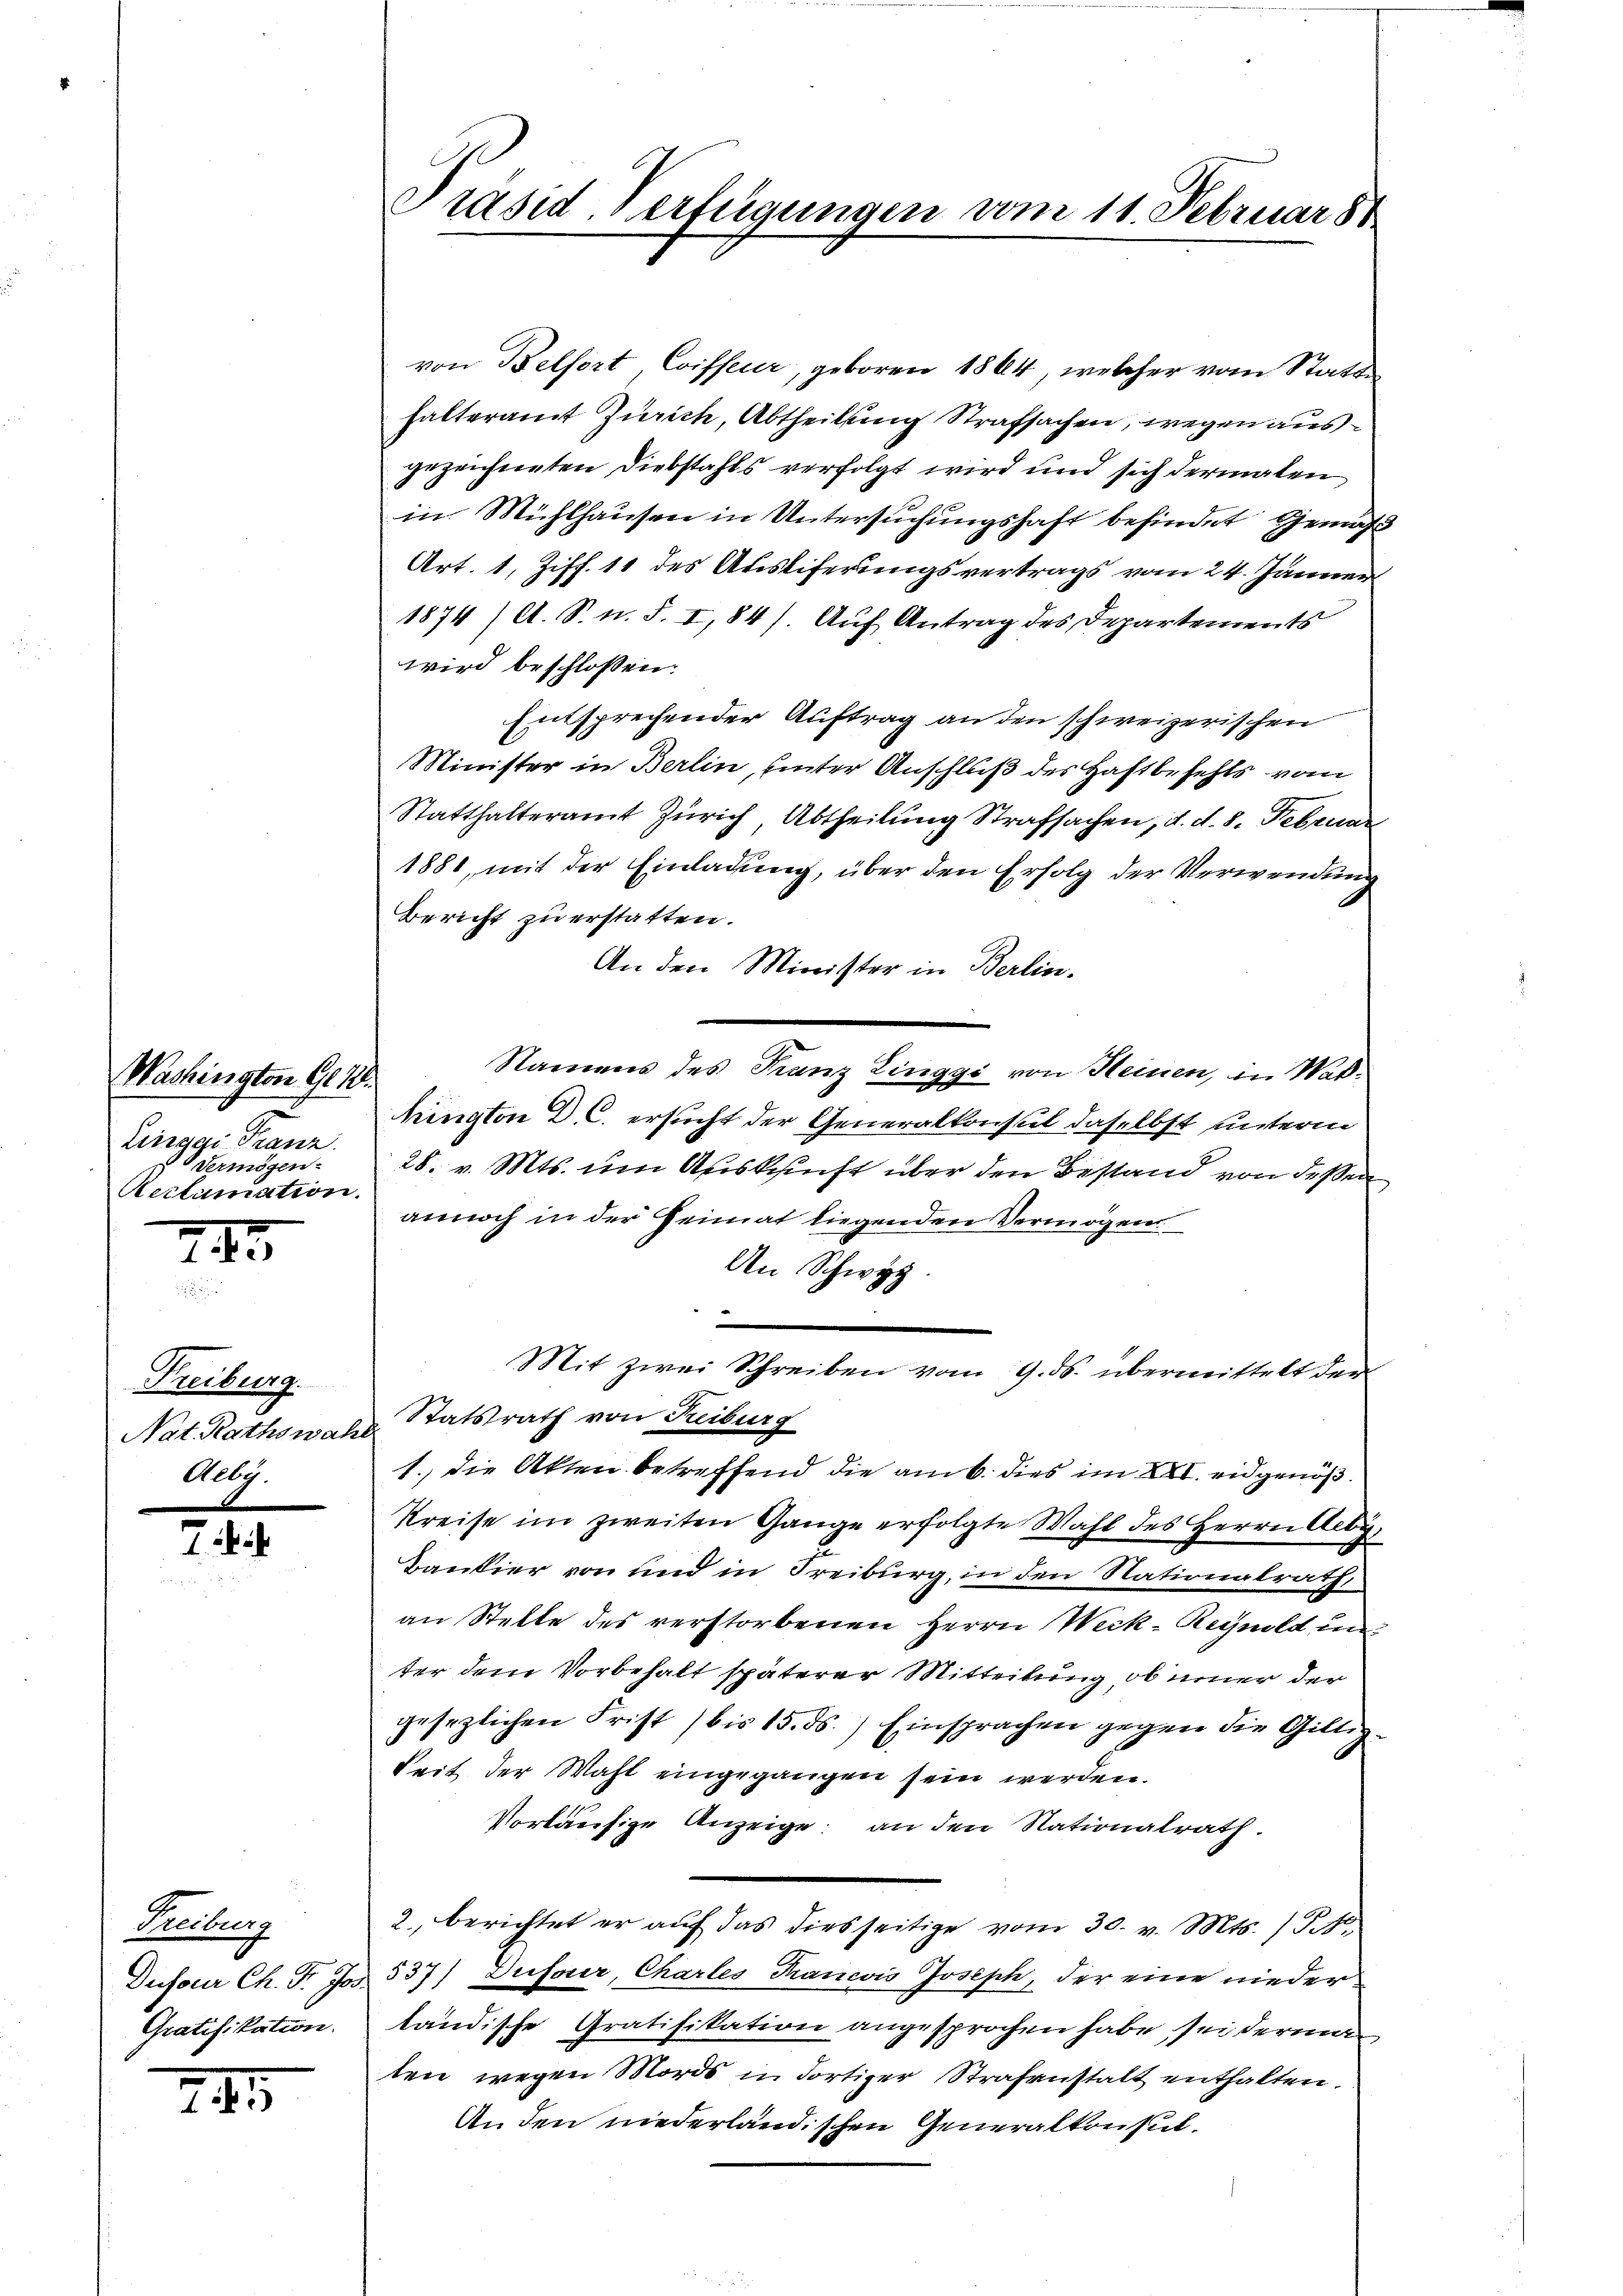
Washington G.12.
Zinggi Franz.
Vermögen.
Reclamation.

745

Freiburg.
Nat. Rathswahl
Allig

.

Treiburg
Gratifikation.

245

von Belfort, Coiffeur, geboren 1864, welcher vom Statt
halteramt Zürich, Abtheilung Strafsachen, wegen ausgezeichneten Diebstahls verfolgt wird und sich dermalen
in Mühlhausen in Untersŭchŭngshaft befindet Gemäss
Art. 1, Ziff. 11 des Ausliferungsvertrags vom 24. Jänner
1874 /A. S. n. F. I, 84). Auf Antrag des Departements
wird beschlossen:
Entsprechender Auftrag an den schweizerischen
Minister in Berlin, unter Anschluß des Haftbefehls vom
Statthalteramt Zürich, Abtheilung Strafsachen, d. d. 8. Februar
1881, mit der Einladung, über den Erfolg der Verwendung
Bericht zu erstatten.
An den Minister in Berlin.
Namens des Franz Zinggi von Heinen, in Waß¬
Mington D. C. ersucht der Generalkonsul daselbst unterm
28. v. Mts. um Auskunft über den Bestand von dessen
annoch in der Heimat liegenden Vermögens
An Schwyz.
.
Mit zwei Schreiben vom 9. ds. übermittelt der
Statsrath von Reiburg
1.) die Akten betreffend die am 6. dies im XXI. eidgenöß¬
Kreise im zweiten Gange erfolgte Wahl des Herrn Aeby,
Bankier von und in Freiburg, in den Nationalrath,
an Stelle des verstorbenen Herrn Weck. Regnold unter dem Vorbehalt späterer Mitteilung, ob inner der
gesezlichen Frist) bis 15. ds.) Einsprachen gegen die Giltiz-
Seit der Wahl eingegangen sein werden.
Vorläufige Anzeige: an den Nationalrath.
2., berichtet er auf das diesseitige vom 30. v. Mts. (T.40.
Dufour Ch. Fr. Jos. 537) Deserer, Charles Francis Joseph, der eine niederländische Gratifikation angesprochen habe sei derma
ten wegen Mords in dortiger Strafanstalt enthalten.
An den niederländischen Generalkonsul¬

Präsid-Verfügungen am 11. Februar 8